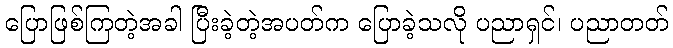
ပြောဖြစ်ကြတဲ့အခါ ပြီးခဲ့တဲ့အပတ်က ပြောခဲ့သလို ပညာရှင်၊ ပညာတတ်